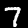
Label: 7